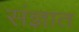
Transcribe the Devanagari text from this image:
संज्ञात